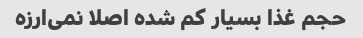
حجم غذا بسیار کم شده اصلا نمی‌ارزه